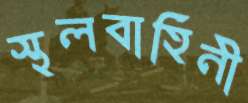
স্থলবাহিনী